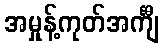
အမှုန့်ကုတ်အင်္ကျီ